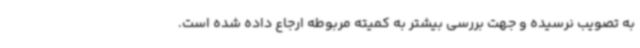
به تصویب نرسیده و جهت بررسی بیشتر به کمیته مربوطه ارجاع داده شده است.